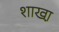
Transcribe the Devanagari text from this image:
शाखा़